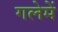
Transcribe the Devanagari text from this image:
गलेमें